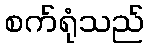
စက်ရုံသည်